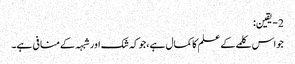
2- یقین:
جواس کلمے کے علم کاکمال ہے،جوکہ شک اورشبہہ کےمنافی ہے۔